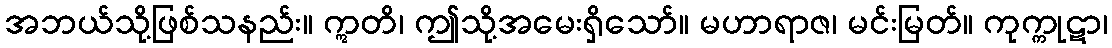
အဘယ်သို့ဖြစ်သနည်း။ ဣတိ၊ ဤသို့အမေးရှိသော်။ မဟာရာဇ၊ မင်းမြတ်။ ကုက္ကုဋာ၊